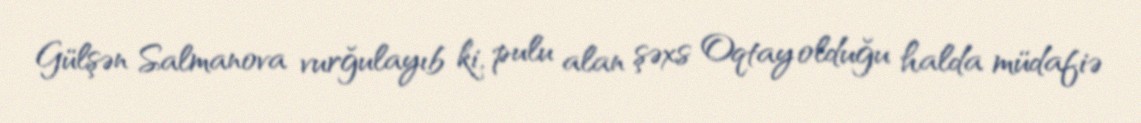
Gülşən Salmanova vurğulayıb ki, pulu alan şəxs Oqtay olduğu halda müdafiə